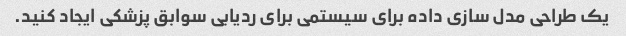
یک طراحی مدل سازی داده برای سیستمی برای ردیابی سوابق پزشکی ایجاد کنید.